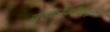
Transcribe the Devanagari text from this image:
वन्कोवरैय्यन